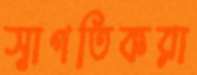
স্বাগতিকরা